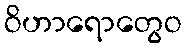
ဝိဟာရောတွေဝ